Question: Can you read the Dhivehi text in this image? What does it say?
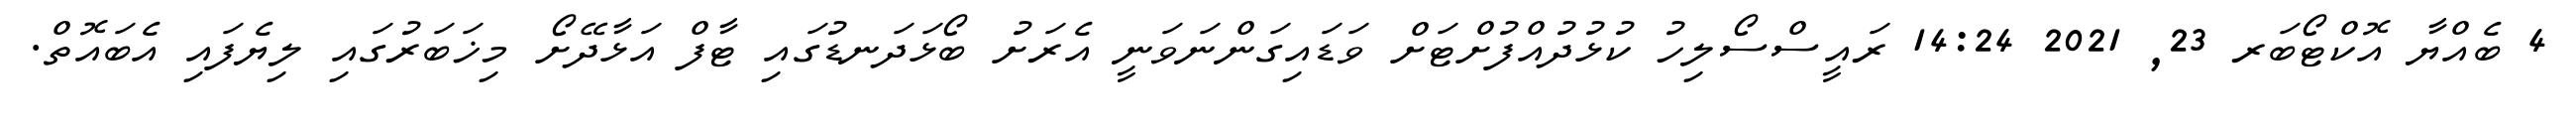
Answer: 4 ބެއްޔާ އޮކްޓޯބަރ 23, 2021 14:24 ރައީސްސޯލިހު ކުޅުދުއްފުށްޓަށް ވަޑައިގަންނަވަނީ އެރަށު ބޯޅަދަނޑުގައި ޓާފް އަޅާދޭށޯ މިޚަބަރުގައި ލިޔެފައި އެބައޮތް.